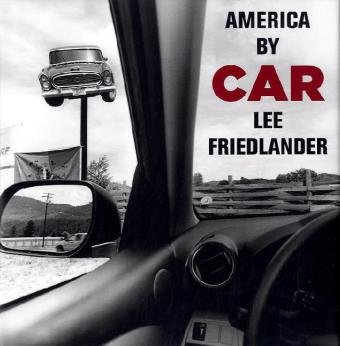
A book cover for Lee Friedlander: America by Car; Arts & Photography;